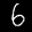
Label: 6